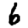
Digit: 6